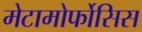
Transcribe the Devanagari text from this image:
मेटामोर्फोसिस